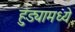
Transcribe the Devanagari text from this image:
हुंड्यामध्ये